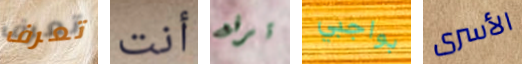
تعرف أنت ترفع بواجبي الأسرى